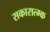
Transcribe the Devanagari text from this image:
सकारात्म्क